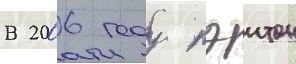
В 2006 году пэитон